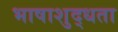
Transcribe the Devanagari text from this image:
भाषाशुद्धता